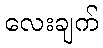
လေးချက်